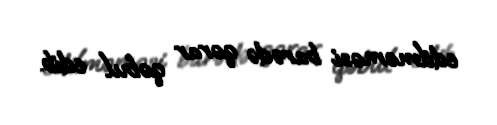
edilməməsi barədə qərar qəbul edib.